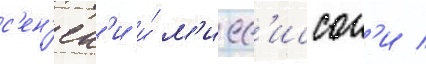
с'ен'ек'и и́ м'исс'иссог'и /